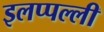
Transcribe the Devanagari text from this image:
इलप्पल्ली